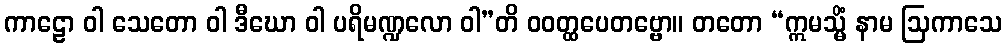
ကာဠော ဝါ သေတော ဝါ ဒီဃော ဝါ ပရိမဏ္ဍလော ဝါ”တိ ဝဝတ္ထပေတဗ္ဗော။ တတော “ဣမသ္မိံ နာမ ဩကာသေ